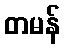
တမန်